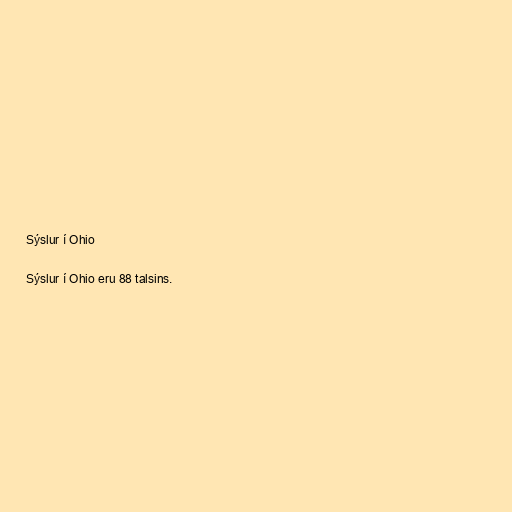
Sýslur í Ohio

Sýslur í Ohio eru 88 talsins.